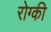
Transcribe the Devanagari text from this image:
रोग्की